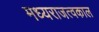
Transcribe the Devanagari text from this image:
मध्यराजत्वकाल